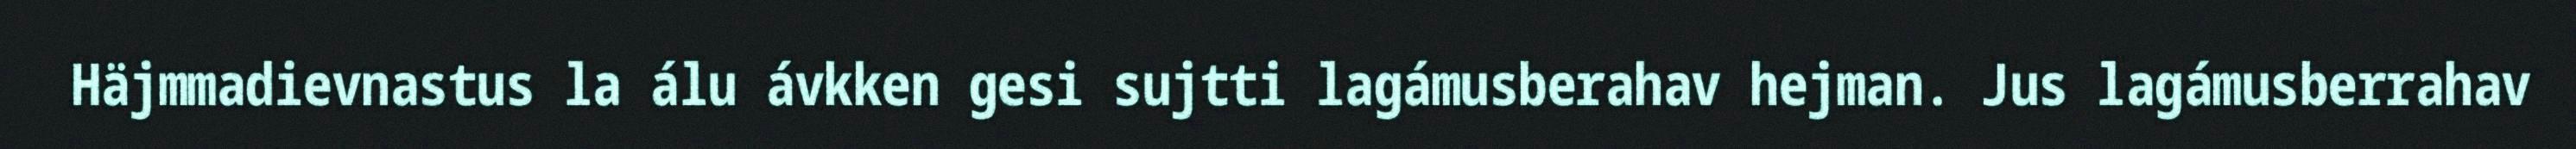
Häjmmadievnastus la álu ávkken gesi sujtti lagámusberahav hejman. Jus lagámusberrahav